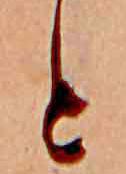
と